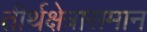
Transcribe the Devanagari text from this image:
तीर्थक्षेत्रासमान